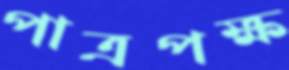
পাত্রপক্ষ